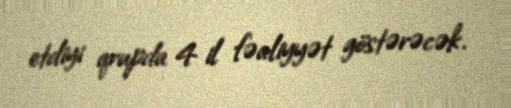
etdiyi qrupda 4 il fəaliyyət göstərəcək.